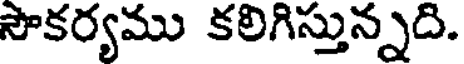
సౌకర్యము కలిగిస్తున్నది.